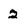
Character: 2